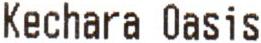
KECHARA OASIS